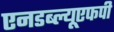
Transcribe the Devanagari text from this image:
एनडब्ल्यूएफपी